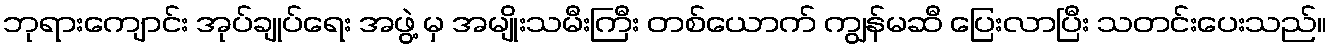
ဘုရားကျောင်း အုပ်ချုပ်ရေး အဖွဲ့ မှ အမျိုးသမီးကြီး တစ်ယောက် ကျွန်မဆီ ပြေးလာပြီး သတင်းပေးသည်။